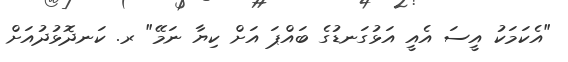
"އެކަމަކު އީސަ އެއީ އަޅުގަނޑުގެ ބައްޕަ އަށް ކިޔާ ނަމޭ" ރ. ކަނދޮޅުދުއަށް